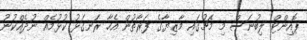
ޕޮއިންޓް ލިބުނަސް މި މެޗުގައި މާޒިޔާގެ ފަރާތުން އެހާ ރަނގަޅު ކުޅުމެއް ނުދެއްކުނު